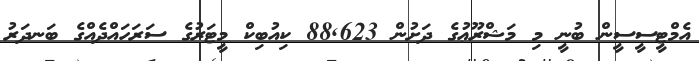
އެމްޓީސީސީން ބުނީ މި މަޝްރޫޢުގެ ދަށުން 88